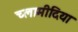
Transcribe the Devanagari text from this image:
च्‍लामीदिया